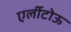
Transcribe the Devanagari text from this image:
एर्लीटोऊ